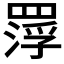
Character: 𮊑